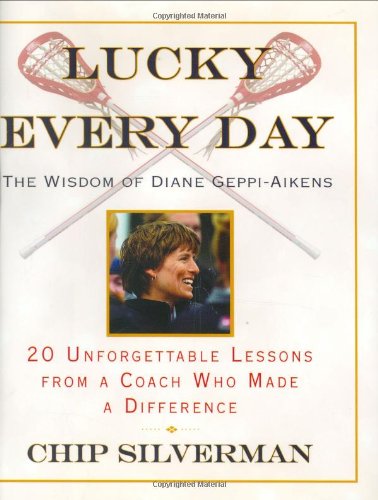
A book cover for Lucky Every Day: 20 Unforgettable Lessons from a Coach Who Made a Difference; Chip Silverman; Sports & Outdoors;